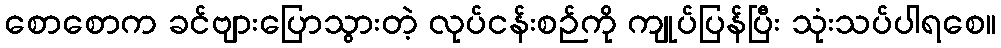
စောစောက ခင်ဗျားပြောသွားတဲ့ လုပ်ငန်းစဉ်ကို ကျုပ်ပြန်ပြီး သုံးသပ်ပါရစေ။